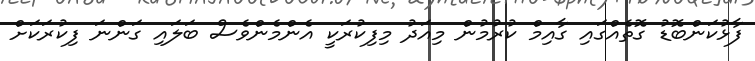
ފާޅުކަންބޮޑު ގޮތެއްގައި ގާއިމް ކުރުމުން މިއަދު މިފިކުރަކީ އެންމެންވެސް ބަލައި ގަންނަ ފިކުރަކަށް